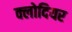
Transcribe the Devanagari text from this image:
क्लोदियर